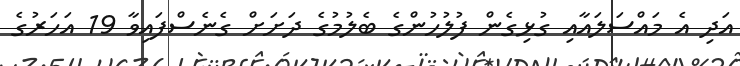
އަދި އެ މައްސަލައާއި ގުޅިގެން ފުލުހުންގެ ބެލުމުގެ ދަށަށް ގެނެސްފައިވާ 19 އަހަރުގެ